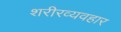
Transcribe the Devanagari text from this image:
शरीरव्यवहार